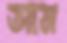
আম